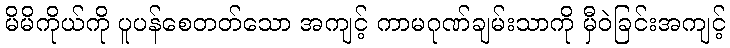
မိမိကိုယ်ကို ပူပန်စေတတ်သော အကျင့် ကာမဂုဏ်ချမ်းသာကို မှီဝဲခြင်းအကျင့်